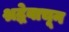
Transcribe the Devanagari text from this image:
श्रद्धेवाचून